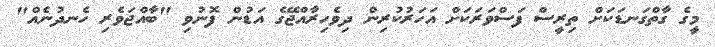
މީގެ ގާތްގަނޑަކަށް ތިރީސް ފަސްވަރަކަށް އަހަރުކުރިން ދިވެހިރާއްޖޭގެ އަޑުން ފޮނުވި "ބާއްޖަވެރި ހެނދުނެއް"